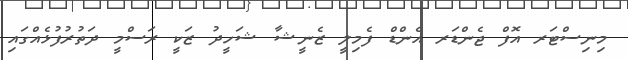
މިނިސްޓަރ އޮފް ޖެންޑަރ އެންޑް ފެމިލީ ޒެނީޝާ ޝަހީދު ޒަކީ ރަސްމީ ދަތުރުފުޅެއްގައި